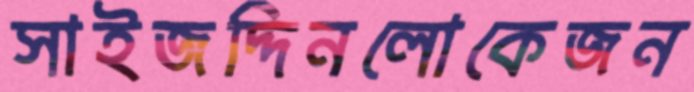
সাইজদ্দিনলোকেজন